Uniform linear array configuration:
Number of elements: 4
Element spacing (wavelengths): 0.25
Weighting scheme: exponential
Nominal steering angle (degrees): -30
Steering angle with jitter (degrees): -31.395
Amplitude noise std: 0.05
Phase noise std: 0.05

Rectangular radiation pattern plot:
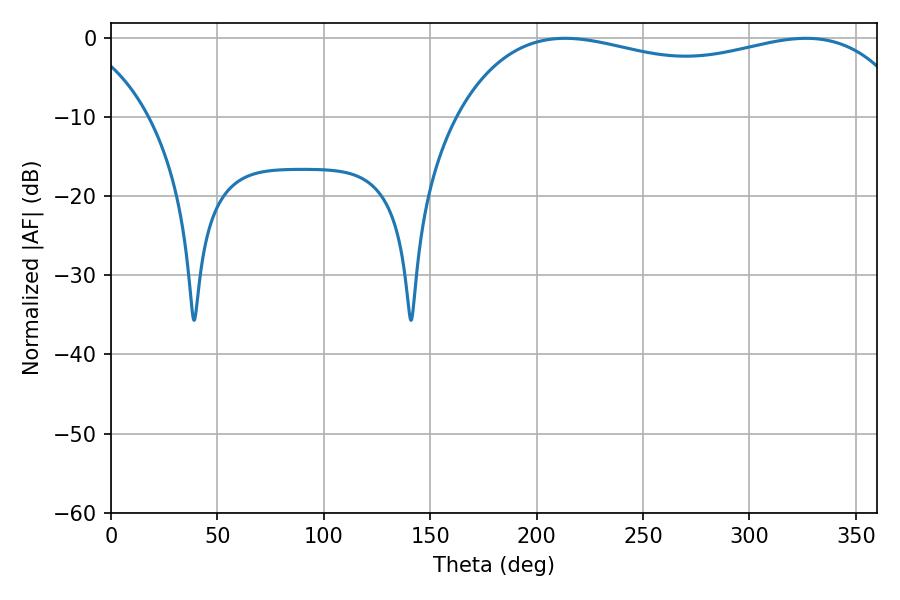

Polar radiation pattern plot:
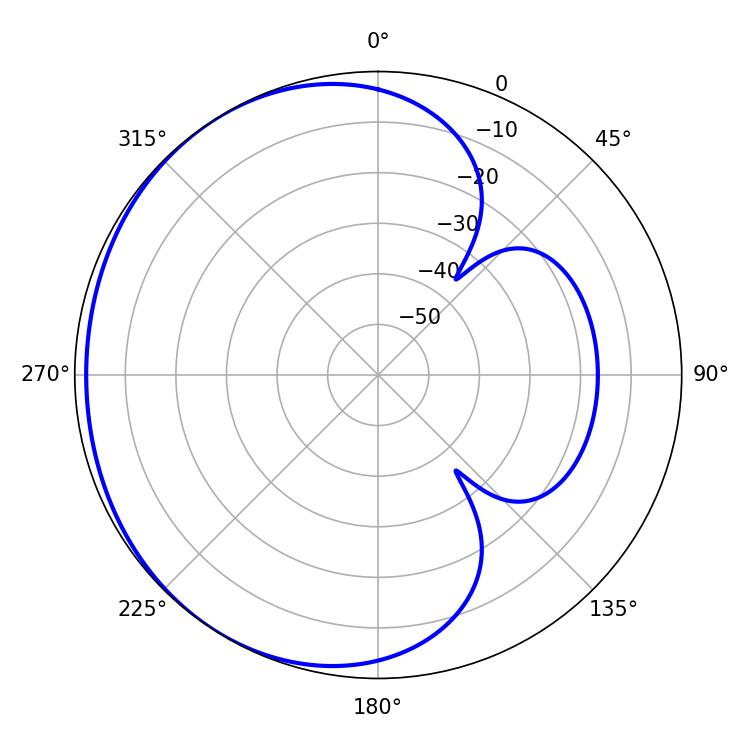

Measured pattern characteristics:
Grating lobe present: FALSE
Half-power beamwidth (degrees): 175.32
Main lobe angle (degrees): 213.48